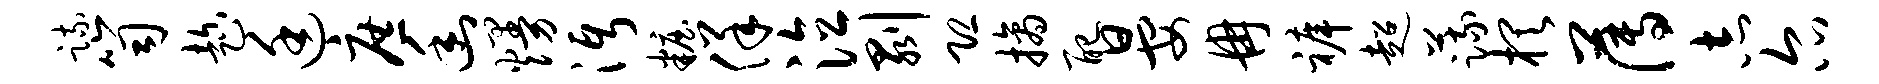
疏笥趁廷庶幽熳沔妆佯泣剥恐摘配晏冉裤超蔬棋薄志尔